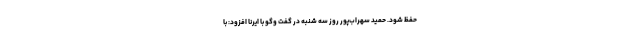
حفظ شود. حمید سهراب‌پور روز سه شنبه در گفت وگو با ایرنا افزود: با